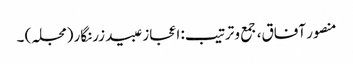
منصور آفاق، جمع و ترتیب: اعجاز عبید زرنگار (مجلہ) ۔